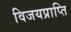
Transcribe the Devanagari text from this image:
विजयप्राप्ति